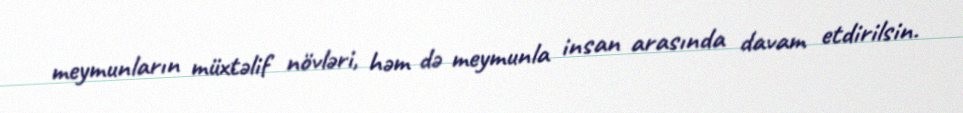
meymunların müxtəlif növləri, həm də meymunla insan arasında davam etdirilsin.